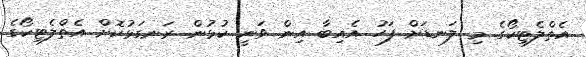
އެތްލެޓިކޯގެ މި ލަނޑަށް ފަހު އެއިބާ އިން ވަނީ ކުޅުން ރަނގަޅުކޮށް އެތްލެޓިކޯގެ